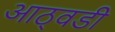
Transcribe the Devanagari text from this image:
आठ्वडी